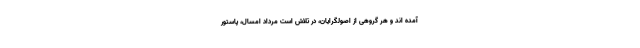
آمده اند و هر گروهی از اصولگرایان، در تلاش است مرداد امسال، پاستور